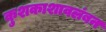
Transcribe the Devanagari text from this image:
कुशकाशावलंबन